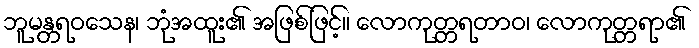
ဘူမန္တရဝသေန၊ ဘုံအထူး၏ အဖြစ်ဖြင့်။ လောကုတ္တရတာဝ၊ လောကုတ္တရာ၏